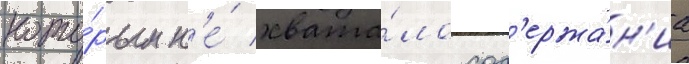
кото́рым н'е́ хвата́ло сод'ержа́н'иа